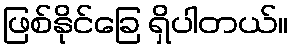
ဖြစ်နိုင်ခြေ ရှိပါတယ်။